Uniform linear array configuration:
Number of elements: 4
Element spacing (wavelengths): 0.25
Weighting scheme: exponential
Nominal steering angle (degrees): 30
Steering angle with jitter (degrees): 31.25
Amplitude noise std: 0.05
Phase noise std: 0.05

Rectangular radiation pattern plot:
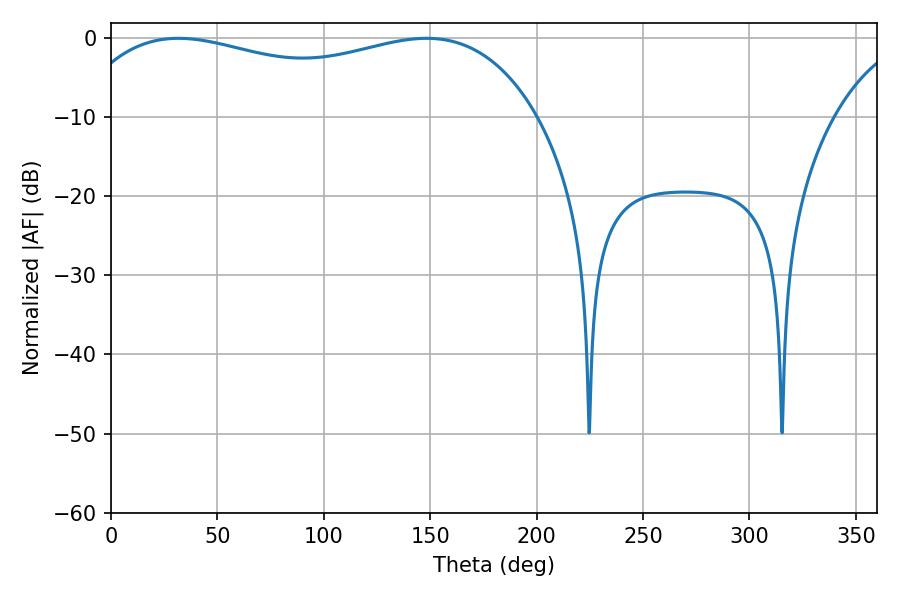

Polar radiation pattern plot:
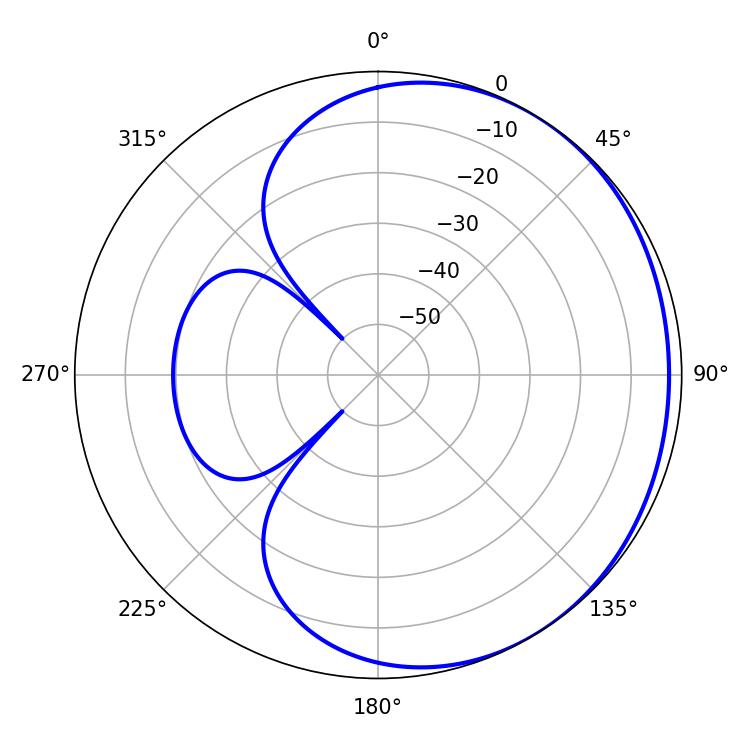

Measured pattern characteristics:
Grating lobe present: FALSE
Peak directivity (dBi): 1.333
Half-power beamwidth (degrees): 178.92
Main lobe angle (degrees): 31.68